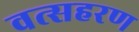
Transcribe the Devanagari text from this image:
वत्सहरण